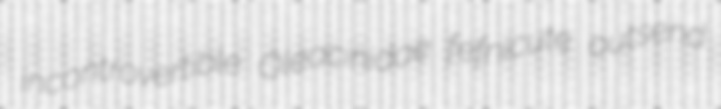
incontrovertible Oleacinidae fefnicute outsend